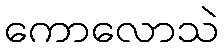
ကောလောသဲ